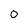
Character: 0